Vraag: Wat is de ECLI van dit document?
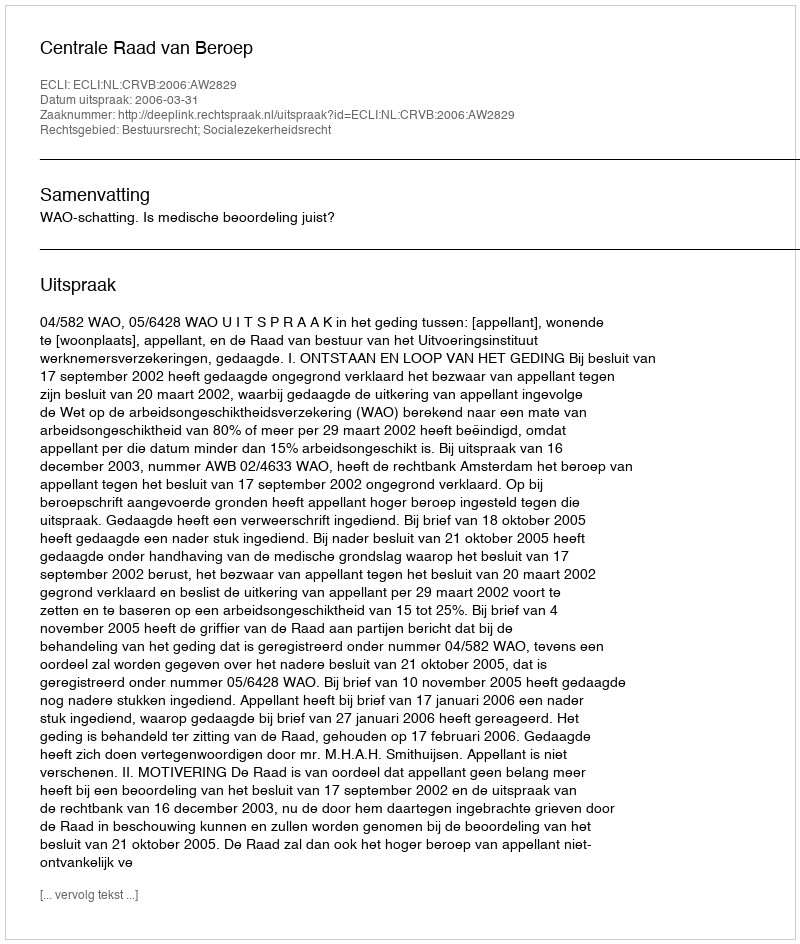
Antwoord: ECLI:NL:CRVB:2006:AW2829